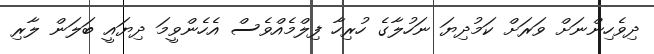
ދިވެހިންނަށް ވަރަށް ކަމުދިޔަ ނަހުލާގެ ހުރިހާ ފިލްމެއްވެސް އެހެންވީމަ ދިޔައީ ބަލަން ލާރި